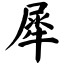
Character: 犀